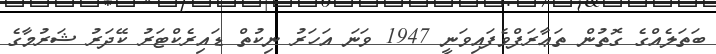
ބަތަލެއްގެ ގޮތުން ތަޢާރަފްވެފައިވަނީ 1947 ވަނަ އަހަރު ނިކުތް ޑައިރެކްޓަރު ކޭދަރު ޝަރުމާގެ